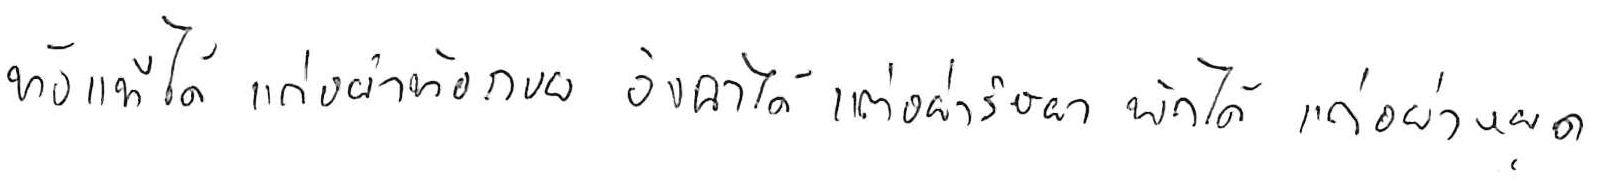
ท้อแท้ได้ แต่อย่าท้อถอย อิจฉาได้ แต่อย่าริษยา พักได้ แต่อย่าหยุด